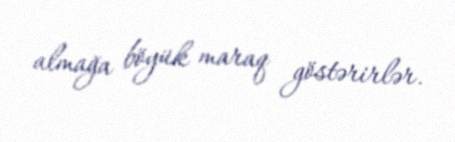
almağa böyük maraq göstərirlər.